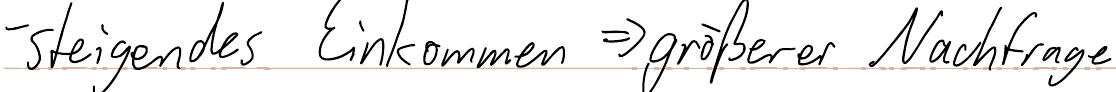
- steigendes Einkommen => größere Nachfrage